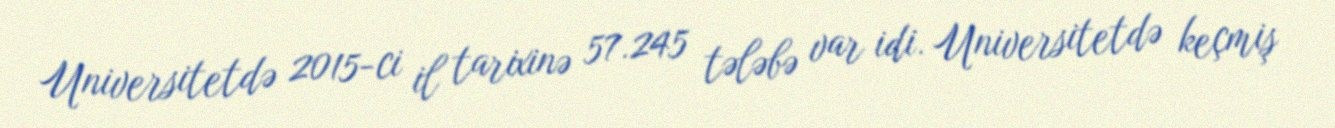
Universitetdə 2015-ci il tarixinə 57.245 tələbə var idi. Universitetdə keçmiş